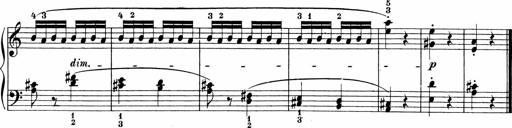
Title: Sonatinen Op.47, 98 und 136, nebst 6 Liedersonatinen
Composer: Carl Reinecke